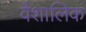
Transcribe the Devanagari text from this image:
वैशालिक